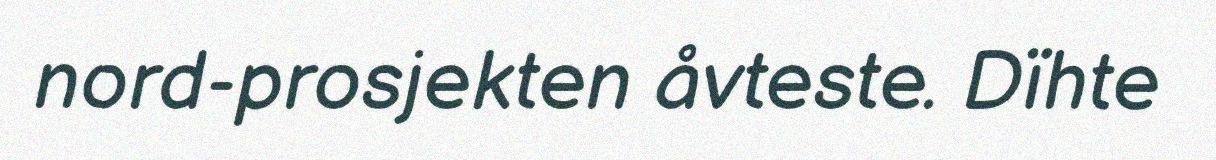
nord-prosjekten åvteste. Dïhte